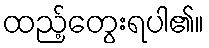
ထည့်တွေးရပါ၏။